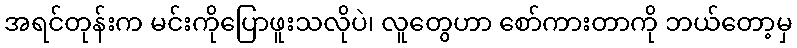
အရင်တုန်းက မင်းကိုပြောဖူးသလိုပဲ၊ လူတွေဟာ စော်ကားတာကို ဘယ်တော့မှ